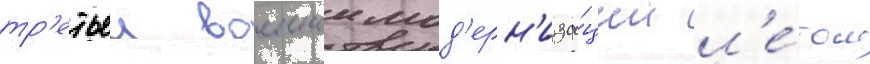
тр'етьеи военнои мод'ерн'иза́ции л'е́том